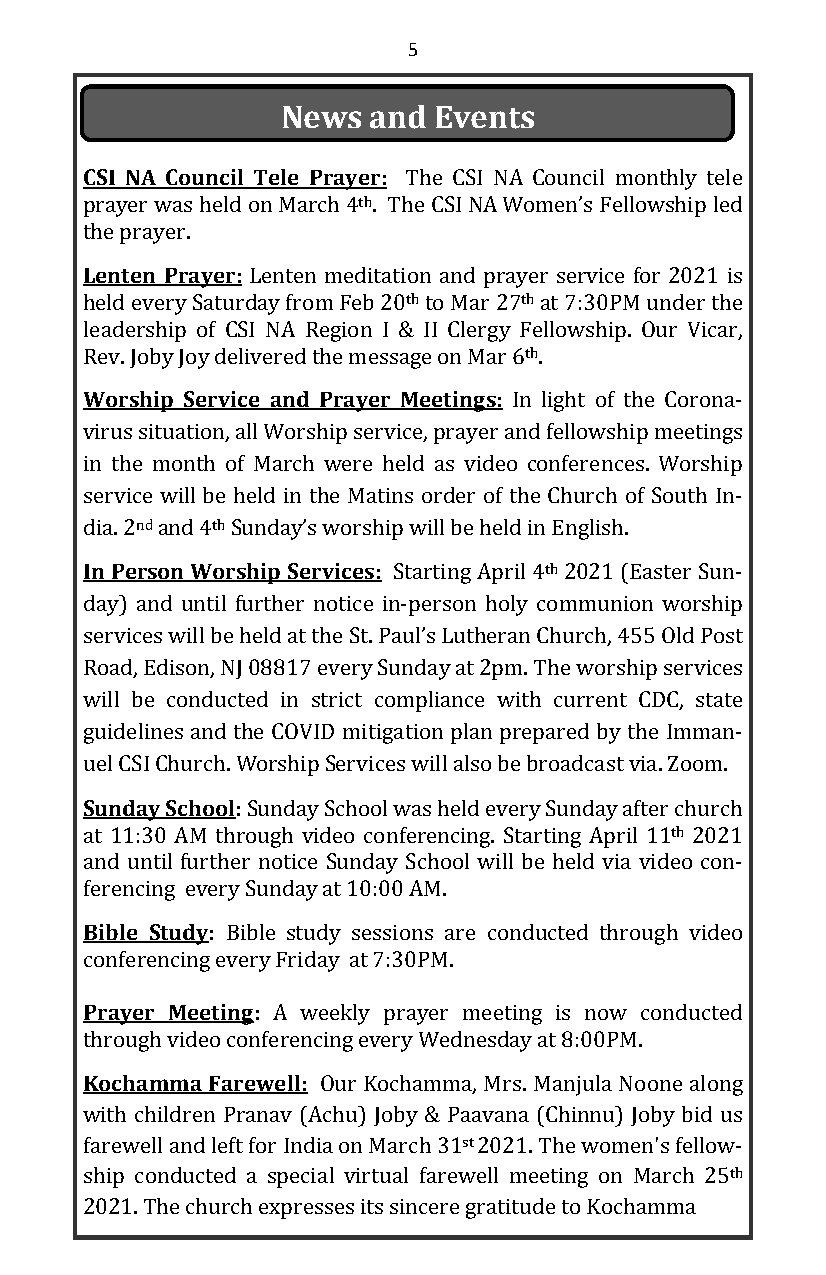
5
 News and  Events
 CSI NA Council Tele Prayer: The CSI NA Council monthly tele
 prayer was held on March 4th. The CSI NA Women’s Fellowship led
 the prayer.
 Lenten Prayer: Lenten meditation and prayer service for 2021 is
 held every Saturday from Feb 20th to Mar 27th at 7:30PM under the
 leadership of CSI NA Region I & II Clergy Fellowship. Our Vicar,
 Rev. Joby Joy delivered the message on Mar 6th.
 Worship Service and Prayer Meetings: In light of the Corona-
 virus situation, all Worship service, prayer and fellowship meetings
 in the month of March were held as video conferences. Worship
 service will be held in the Matins order of the Church of South In-
 dia. 2nd and 4th Sunday’s worship will be held in English.
 In Person Worship Services: Starting April 4th 2021 (Easter Sun-
 day) and until further notice in-person holy communion worship
 services will be held at the St. Paul’s Lutheran Church, 455 Old Post
 Road, Edison, NJ 08817 every Sunday at 2pm. The worship services
 will be conducted in strict compliance with current CDC, state
 guidelines and the COVID mitigation plan prepared by the Imman-
 uel CSI Church. Worship Services will also be broadcast via. Zoom.
 Sunday School:Sunday School was held every Sunday after church
 at 11:30 AM through video conferencing. Starting April 11th 2021
 and until further notice Sunday School will be held via video con-
 ferencing every Sunday at 10:00 AM.
 Bible Study: Bible study sessions are conducted through video
 conferencing every Friday at 7:30PM.
 Prayer Meeting: A weekly prayer meeting is now conducted
 through video conferencing every Wednesday at 8:00PM.
 Kochamma Farewell: Our Kochamma, Mrs. Manjula Noone along
 with children Pranav (Achu) Joby & Paavana (Chinnu) Joby bid us
 farewell and left for India on March 31st2021. The women's fellow-
 ship conducted a special virtual farewell meeting on March 25th
 2021. The church expresses its sincere gratitude to Kochamma